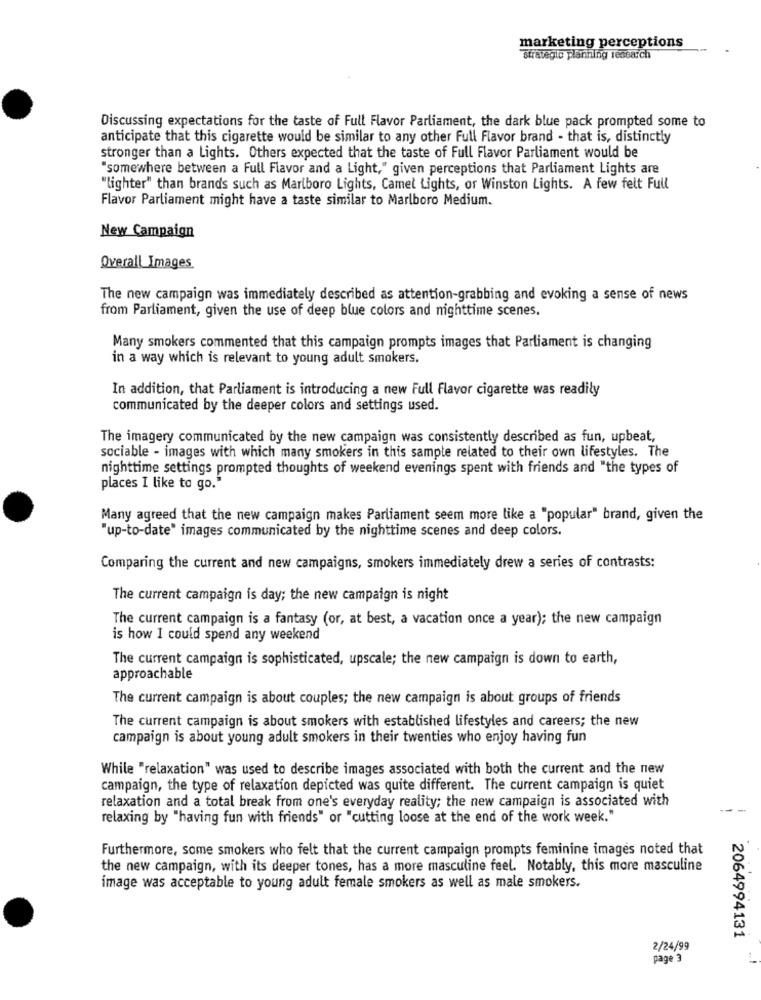
marketing perceptions
strategic planning research
Discussing expectations for the taste of Full Flavor Parliament, the dark blue pack prompted some to
anticipate that this cigarette would be similar to any other Full Flavor brand - that is, distinctly
stronger than a Lights. Others expected that the taste of Full Flavor Parliament would be
"somewhere between a Full Flavor and a Light," given perceptions that Parliament Lights are
"lighter" than brands such as Marlboro Lights, Camel Lights, or Winston Lights. A few felt Full
Flavor Parliament might have a taste similar to Marlboro Medium.
New Campaign
Overall Images
The new campaign was immediately described as attention-grabbing and evoking a sense of news
from Parliament, given the use of deep blue colors and nighttime scenes.
Many smokers commented that this campaign prompts images that Parliament is changing
in a way which is relevant to young adult smokers.
In addition, that Parliament is introducing a new Full Flavor cigarette was readily
communicated by the deeper colors and settings used.
The imagery communicated by the new campaign was consistently described as fun, upbeat,
sociable - images with which many smokers in this sample related to their own lifestyles. The
nighttime settings prompted thoughts of weekend evenings spent with friends and "the types of
places I like to go."
Many agreed that the new campaign makes Parliament seem more like a "popular" brand, given the
"up-to-date" images communicated by the nighttime scenes and deep colors.
Comparing the current and new campaigns, smokers immediately drew a series of contrasts:
The current campaign is day; the new campaign is night
The current campaign is a fantasy (or, at best, a vacation once a year); the new campaign
is how I could spend any weekend
The current campaign is sophisticated, upscale; the new campaign is down to earth,
approachable
The current campaign is about couples; the new campaign is about groups of friends
The current campaign is about smokers with established lifestyles and careers; the new
campaign is about young adult smokers in their twenties who enjoy having fun
While "relaxation" was used to describe images associated with both the current and the new
campaign, the type of relaxation depicted was quite different. The current campaign is quiet
relaxation and a total break from one's everyday reality; the new campaign is associated with
relaxing by "having fun with friends" or "cutting loose at the end of the work week."
Furthermore, some smokers who felt that the current campaign prompts feminine images noted that
the new campaign, with its deeper tones, has a more masculine feel. Notably, this more masculine
image was acceptable to young adult female smokers as well as male smokers.
2064994131
2/24/99
page 3